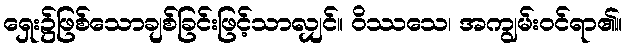
ရှေး၌ဖြစ်သောချစ်ခြင်းဖြင့်သာလျှင်။ ဝိဿသေ၊ အကျွမ်းဝင်ရာ၏။